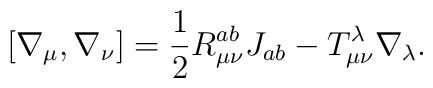
[\nabla_{\mu}, \nabla_{\nu}] = \frac{1}{2} R^{ab}_{\mu \nu}J_{ab} - T^{\lambda}_{\mu \nu} \nabla_{\lambda}.